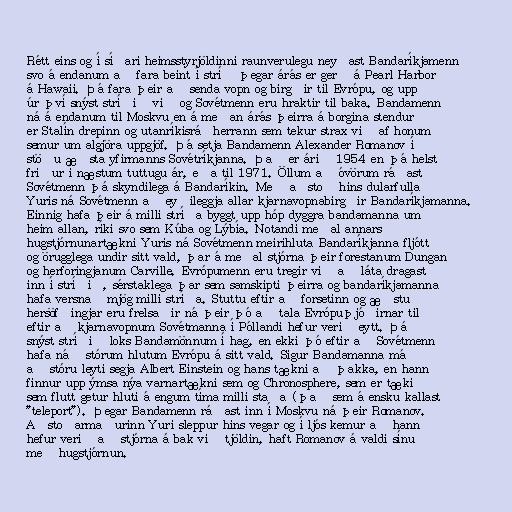
Rétt eins og í síðari heimsstyrjöldinni raunverulegu neyðast Bandaríkjamenn
svo á endanum að fara beint í stríð þegar árás er gerð á Pearl Harbor
á Hawaii. Þá fara þeir að senda vopn og birgðir til Evrópu, og upp
úr því snýst stríðið við og Sovétmenn eru hraktir til baka. Bandamenn
ná á endanum til Moskvu en á meðan árás þeirra á borgina stendur
er Stalín drepinn og utanríkisráðherrann sem tekur strax við af honum
semur um algjöra uppgjöf. Þá setja Bandamenn Alexander Romanov í
stöðu æðsta yfirmanns Sovétríkjanna. Það er árið 1954 en þá helst
friður í næstum tuttugu ár, eða til 1971. Öllum að óvörum ráðast
Sovétmenn þá skyndilega á Bandaríkin. Með aðstoð hins dularfulla
Yuris ná Sovétmenn að eyðileggja allar kjarnavopnabirgðir Bandaríkjamanna.
Einnig hafa þeir á milli stríða byggt upp hóp dyggra bandamanna um
heim allan, ríki svo sem Kúba og Lýbía. Notandi meðal annars
hugstjórnunartækni Yuris ná Sovétmenn meirihluta Bandaríkjanna fljótt
og örugglega undir sitt vald, þar á meðal stjórna þeir forestanum Dungan
og herforingjanum Carville. Evrópumenn eru tregir við að láta dragast
inn í stríðið, sérstaklega þar sem samskipti þeirra og bandaríkjamanna
hafa versnað mjög milli stríða. Stuttu eftir að forsetinn og æðstu
hersöfðingjar eru frelsaðir ná þeir þó að tala Evrópuþjóðirnar til
eftir að kjarnavopnum Sovétmanna í Póllandi hefur verið eytt. Þá
snýst stríðið loks Bandamönnum í hag, en ekki þó eftir að Sovétmenn
hafa náð stórum hlutum Evrópu á sitt vald. Sigur Bandamanna má
að stóru leyti segja Albert Einstein og hans tækni að þakka, en hann
finnur upp ýmsa nýa varnartækni sem og Chronosphere, sem er tæki
sem flutt getur hluti á engum tíma milli staða (það sem á ensku kallast
"teleport"). Þegar Bandamenn ráðast inn í Moskvu ná þeir Romanov.
Aðstoðarmaðurinn Yuri sleppur hins vegar og í ljós kemur að hann
hefur verið að stjórna á bak við tjöldin, haft Romanov á valdi sínu
með hugstjórnun.